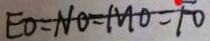
E O = N O = M O = F O